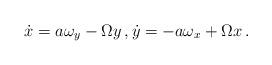
LaTeX: \begin{align*} \dot x = a \omega_y -\Omega y \,, \dot y = -a \omega_x + \Omega x \,.\end{align*}